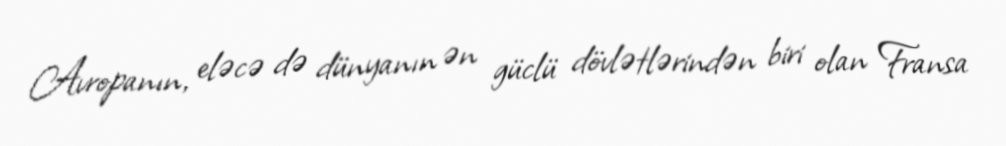
Avropanın, eləcə də dünyanın ən güclü dövlətlərindən biri olan Fransa